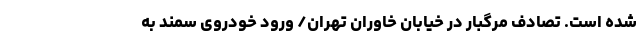
شده است. تصادف مرگبار در خیابان خاوران تهران/ ورود خودروی سمند به